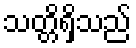
သတ္တိရှိသည်